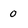
Character: O